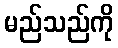
မည်သည်ကို